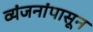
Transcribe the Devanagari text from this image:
व्यंजनांपासून